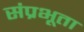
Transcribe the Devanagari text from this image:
संप्रभूता